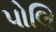
પોલિ